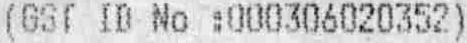
(GST ID NO :000306020352)